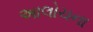
અાલોચના